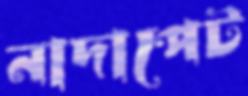
নাদাপেট